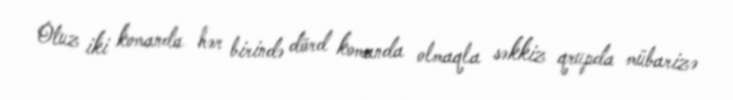
Otuz iki komanda hər birində dörd komanda olmaqla səkkiz qrupda mübarizə